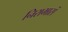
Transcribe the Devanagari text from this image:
निराभासं